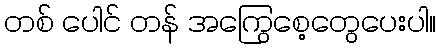
တစ် ပေါင် တန် အကြွေစေ့တွေပေးပါ။